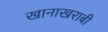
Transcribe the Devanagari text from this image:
खानाखराबी